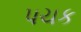
પચક